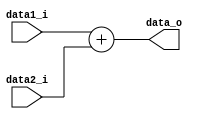
// Adder.v modified
module Adder(
	data1_i,
	data2_i,
	data_o
);
input [31:0] data1_i;
input [31:0] data2_i;
output [31:0] data_o;

assign data_o = data1_i + data2_i;

endmodule